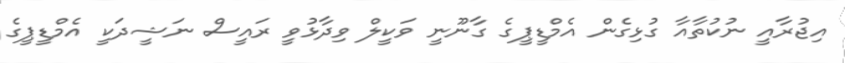
އިޖުރާއީ ނުކުތާއާ ގުޅިގެން އެމްޑީޕީގެ ގާނޫނީ ވަކީލް ވިދާޅުވީ ރައީސް ނަޝީދަކީ އެމްޑީޕީގެ